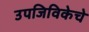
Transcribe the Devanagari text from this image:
उपजिविकेचे